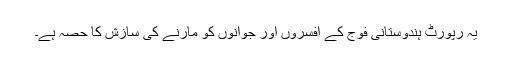
یہ رپورٹ ہندوستانی فوج کے افسروں اور جوانوں کو مارنے کی سازش کا حصہ ہے۔